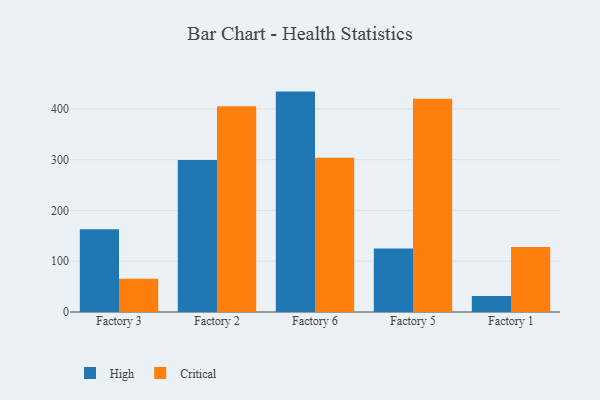
{"axis": {"x": "Factory", "y": "Conversion Rate (%)"}, "legend": ["Critical", "High"], "data": [{"x": "Factory 3", "y": 163.2, "type": "High"}, {"x": "Factory 3", "y": 65.5, "type": "Critical"}, {"x": "Factory 2", "y": 299.3, "type": "High"}, {"x": "Factory 2", "y": 405.3, "type": "Critical"}, {"x": "Factory 6", "y": 434.1, "type": "High"}, {"x": "Factory 6", "y": 303.8, "type": "Critical"}, {"x": "Factory 5", "y": 125.1, "type": "High"}, {"x": "Factory 5", "y": 420.0, "type": "Critical"}, {"x": "Factory 1", "y": 31.6, "type": "High"}, {"x": "Factory 1", "y": 128.1, "type": "Critical"}]}